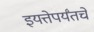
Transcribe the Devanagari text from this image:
इयत्तेपर्यंतचे